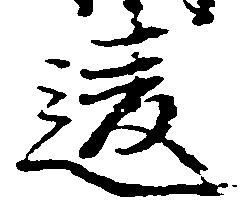
違